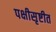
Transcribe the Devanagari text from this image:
पक्षीसृष्टीत